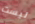
ليست